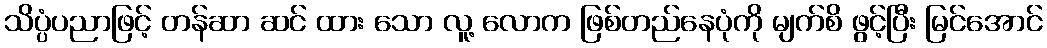
သိပ္ပံပညာဖြင့် တန်ဆာ ဆင် ထား သော လူ့ လောက ဖြစ်တည်နေပုံကို မျက်စိ ဖွင့်ပြီး မြင်အောင်